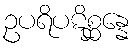
ဥပရိပဋိစ္ဆန္နေ